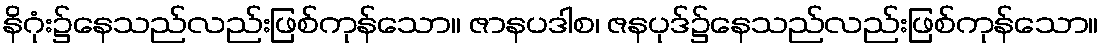
နိဂုံး၌နေသည်လည်းဖြစ်ကုန်သော။ ဇာနပဒါစ၊ ဇနပုဒ်၌နေသည်လည်းဖြစ်ကုန်သော။